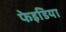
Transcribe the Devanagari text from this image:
फेइडिया